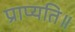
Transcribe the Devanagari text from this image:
प्राप्यति॥